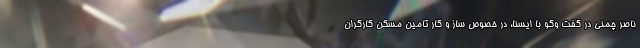
ناصر چمنی در گفت وگو با ایسنا، در خصوص ساز و کار تامین مسکن کارگران